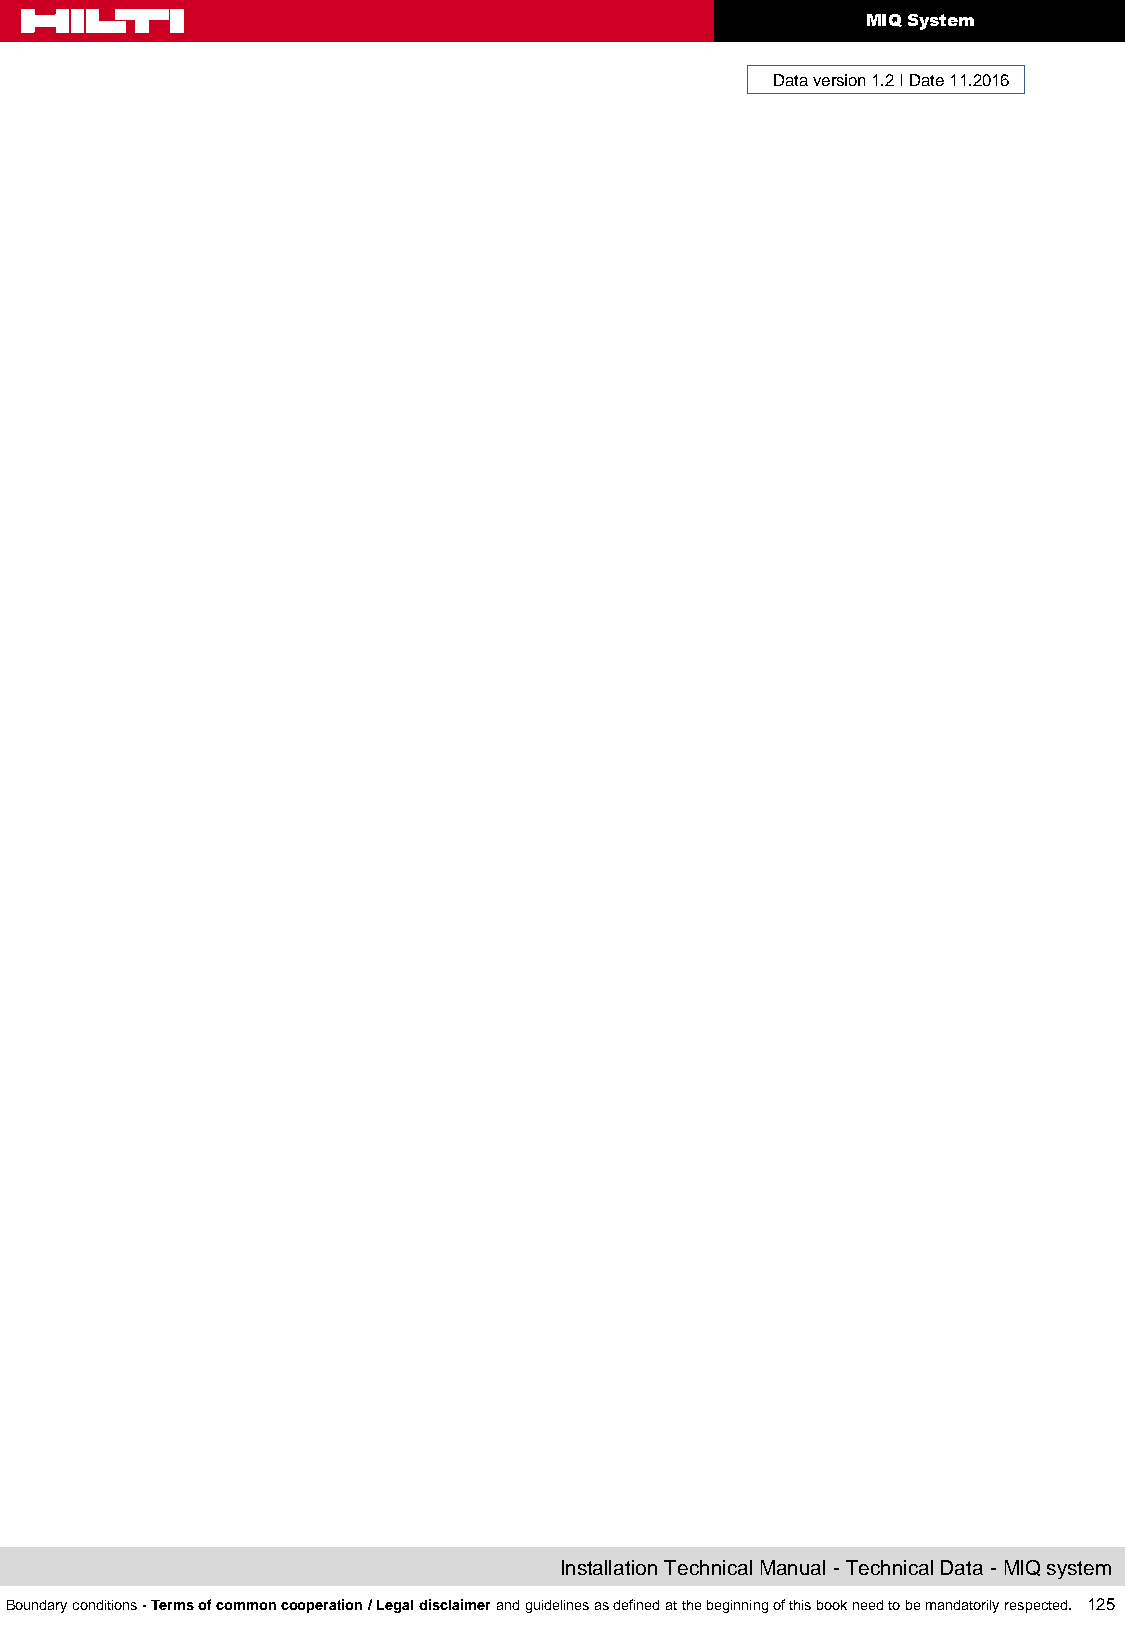
MIQ System
 Data version 1.2 I Date 11.2016
 Installation Technical Manual - Technical Data - MIQ system
 Boundary conditions - Terms of common cooperation / Legal disclaimer and guidelines as defined at the beginning of this book need to be mandatorily respected. 125